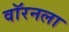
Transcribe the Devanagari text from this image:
वॉरनला